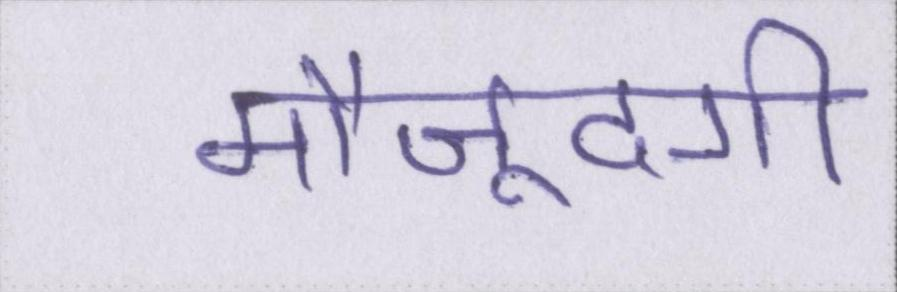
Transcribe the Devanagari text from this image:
मौजूदगी